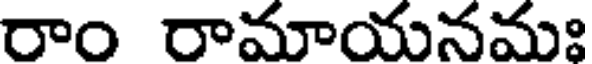
రాం రామాయనమః